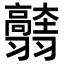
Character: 𦒭